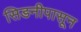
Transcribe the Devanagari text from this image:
सिडनीपासून